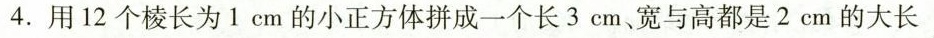
4.用12个棱长为1cm的小正方体拼成一个长3cm、宽与高都是2cm的大长